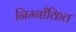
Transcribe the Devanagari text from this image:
निम्नाँकित